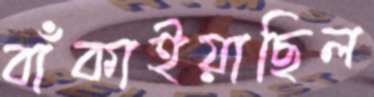
বাঁকাইয়াছিল